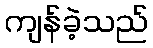
ကျန်ခဲ့သည်